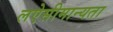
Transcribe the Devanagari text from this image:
लऐसीमान्यता